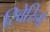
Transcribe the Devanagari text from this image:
रिवेरिना